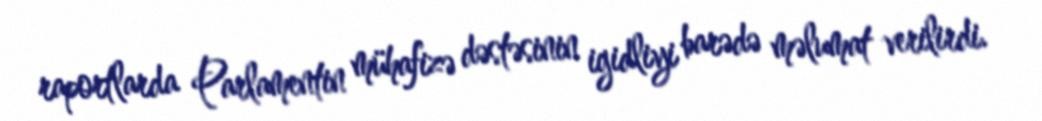
raportlarda Parlamentin mühafizə dəstəsinin igidliyi barədə məlumat verilirdi.